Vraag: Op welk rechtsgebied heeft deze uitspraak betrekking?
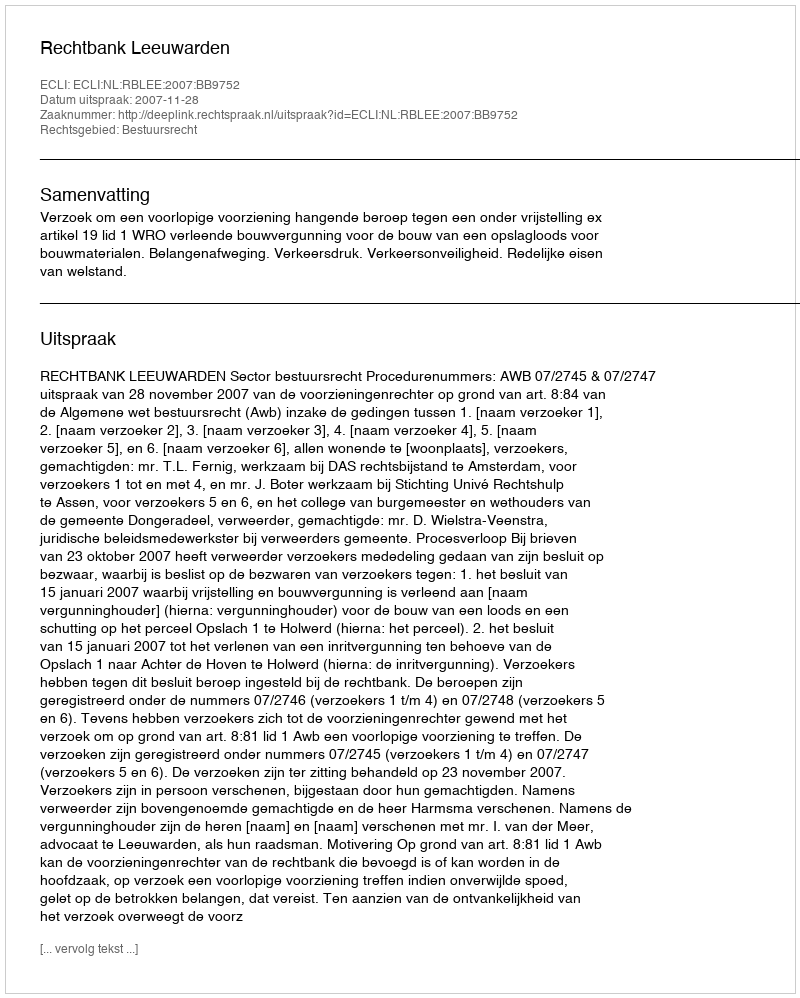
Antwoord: Bestuursrecht